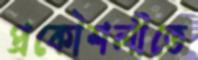
প্রকৌশলীতে